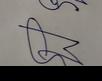
Signature authenticity: forged